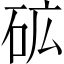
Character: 砿